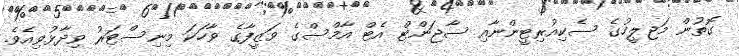
ގޮތުން މަޖިލީހުގެ ސެކިއުރިޓީންނާއި ސާޖަންޓް އެޓް އާމްސްގެ ވަޒީފާގެ ވާހަކަ މިނިސްޓަރު ވިދާޅުވިއެވެ.